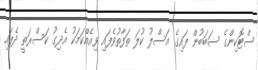
ސްޓޮކިންގެ ސަބަބުން ފައިގެ އަސްލު ކުލަ ތަފާތުވެފައި ވިއެއްކަމަކު އެދިގު ކަސްރަތީ ދެފައި